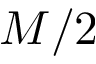
M / 2